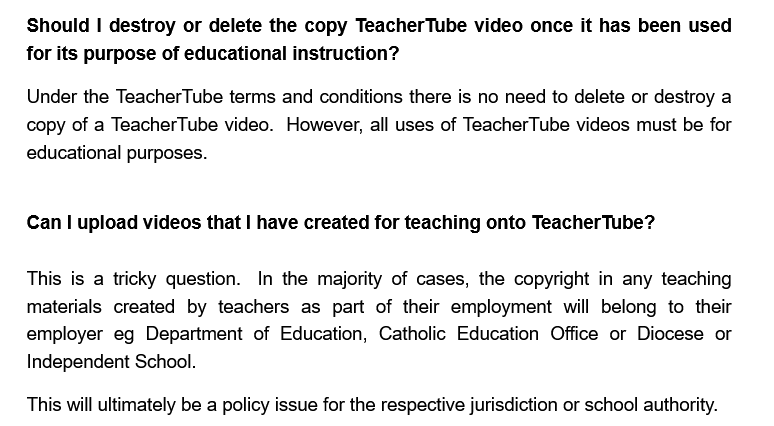
Should  | destroy or delete the copy TeacherTube  video  once it has been used
    for its purpose of educational instruction?
    Under the TeacherTube terms and  conditions there is no need to delete or destroy a
    copy of a TeacherTube video. However, all uses of TeacherTube videos must be for
    educational purposes.
    Can | upload videos that | have created for teaching onto TeacherTube?
    This is a tricky question. In the majority of cases, the copyright in any teaching
    materials created by teachers  as part of their employment  will belong to their
    employer eg  Department  of Education, Catholic Education  Office or Diocese or
    Independent School.
    This will ultimately be a policy issue for the respective jurisdiction or school authority.